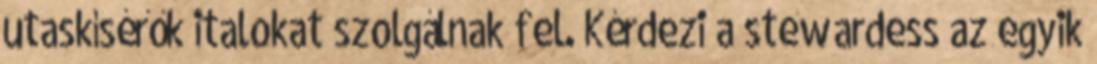
utaskísérők italokat szolgálnak fel. Kérdezi a stewardess az egyik